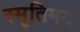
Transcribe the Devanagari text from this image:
स्मृतिमय